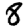
Digit: 8